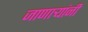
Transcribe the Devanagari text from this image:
जाणार्‍यांनी